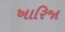
ખારિજા